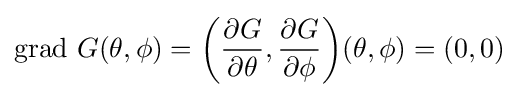
{\rm {grad}}\ G(\theta ,\phi )=\left({{\partial }G \over {\partial }\theta },{{\partial }G \over {\partial }\phi }\right)\!\left(\theta ,\phi \right)=(0,0)